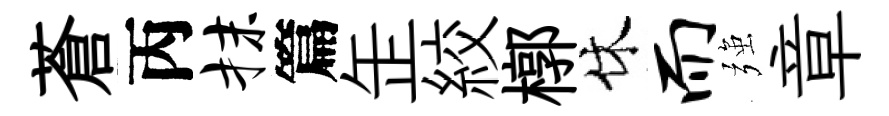
蒼丙抹篇𦈢絞槨休而强章